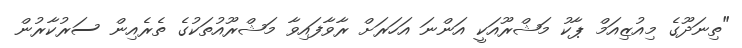
"ތިނަދޫގެ މިއުޒިއަމް ޕާކު މަޝްރޫއަކީ އަންނަ އަހަރަށް ރާވާފައިވާ މަޝްރޫއުތަކުގެ ތެރެއިން ސަރުކާރުން